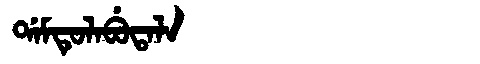
Manchu: ᡩᠠᠮᡨᡠᠯᠠᠪᡠᡨᠠᠯᠠ
Romanization: DAMTULABUTALA